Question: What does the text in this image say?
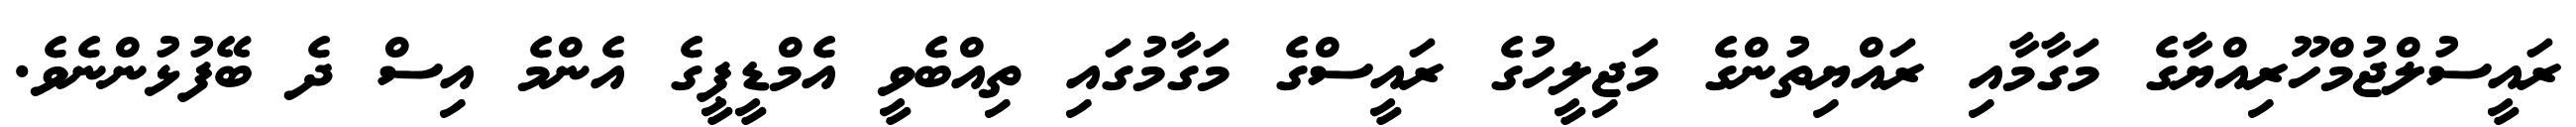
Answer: ރައީސުލްޖުމްހޫރިއްޔާގެ މަގާމާއި ރައްޔިތުންގެ މަޖިލީހުގެ ރައީސްގެ މަގާމުގައި ތިއްބެވީ އެމްޑީޕީގެ އެންމެ އިސް ދެ ބޭފުޅުންނެވެ.